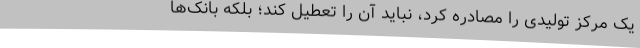
یک مرکز تولیدی را مصادره کرد، نباید آن را تعطیل کند؛ بلکه بانک‌ها